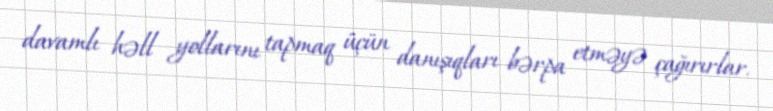
davamlı həll yollarını tapmaq üçün danışıqları bərpa etməyə çağırırlar.